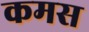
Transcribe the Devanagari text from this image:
कमस